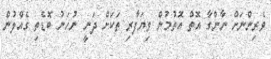
ވެރިންނަށް ނާންގާ އޮތް އޮތުމުން ވިޔަފާރި ތަކަށް ދަނީ ނުހަނު ބޮޑެތި ގެއްލުން